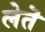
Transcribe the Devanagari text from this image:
लेतॆ